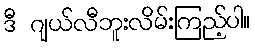
ဒီ ဂျယ်လီဘူးလိမ်းကြည့်ပါ။